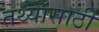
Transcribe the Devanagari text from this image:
तथ्यांसाठी